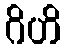
ဂိဟိ